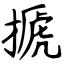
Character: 搋